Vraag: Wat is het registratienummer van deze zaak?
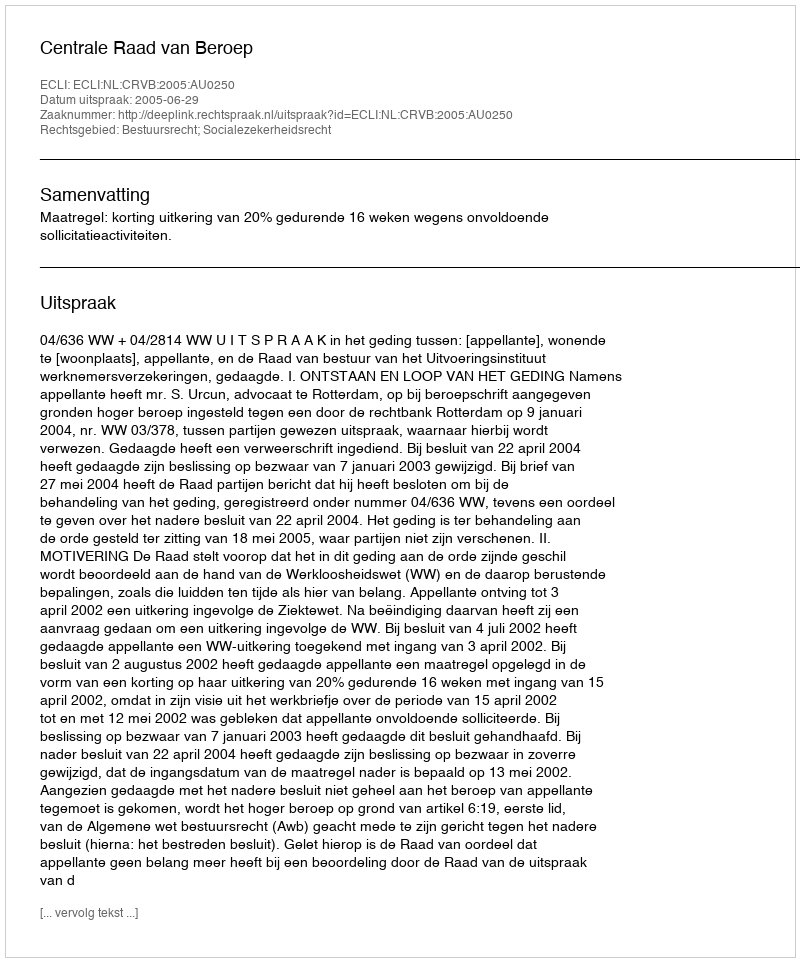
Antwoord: http://deeplink.rechtspraak.nl/uitspraak?id=ECLI:NL:CRVB:2005:AU0250